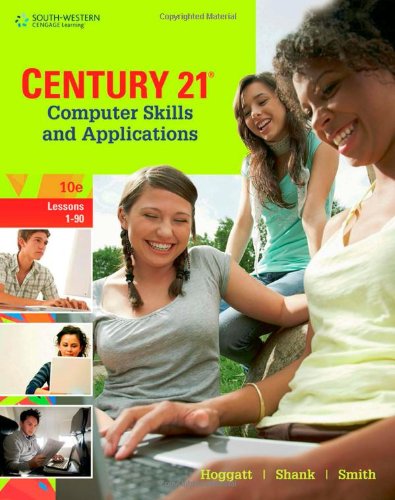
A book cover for Century 21 Computer Skills and Applications, Lessons 1-90 (Century 21 Keyboarding); Jack P. Hoggatt; Teen & Young Adult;